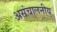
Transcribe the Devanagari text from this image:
असंचालनीय